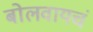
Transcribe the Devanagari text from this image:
बोलवायचं